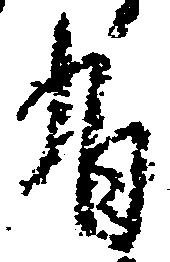
有